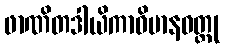
ဖာဏိတဒါယိကာဝိမာနဝတ္ထု